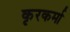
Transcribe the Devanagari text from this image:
कृरकर्मा